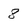
Character: 8